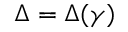
\Delta = \Delta ( \gamma )